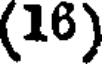
(16)